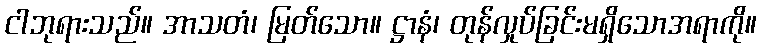
ငါဘုရားသည်။ အာသတံ၊ မြတ်သော။ ဋ္ဌာနံ၊ တုန်လှုပ်ခြင်းမရှိသောအရာကို။